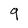
Character: 9